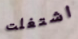
اشتغلت